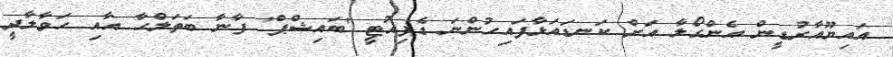
އައިޔޫއާރުޑީން އެންގޯލާ އަށް ކަނޑައަޅާފައިހުންނަ ޑެޕިއުޓީ 'ބައިޝްޕް' ފާނާ ބަތަލްހާ އާއި ހަވާލާދީ